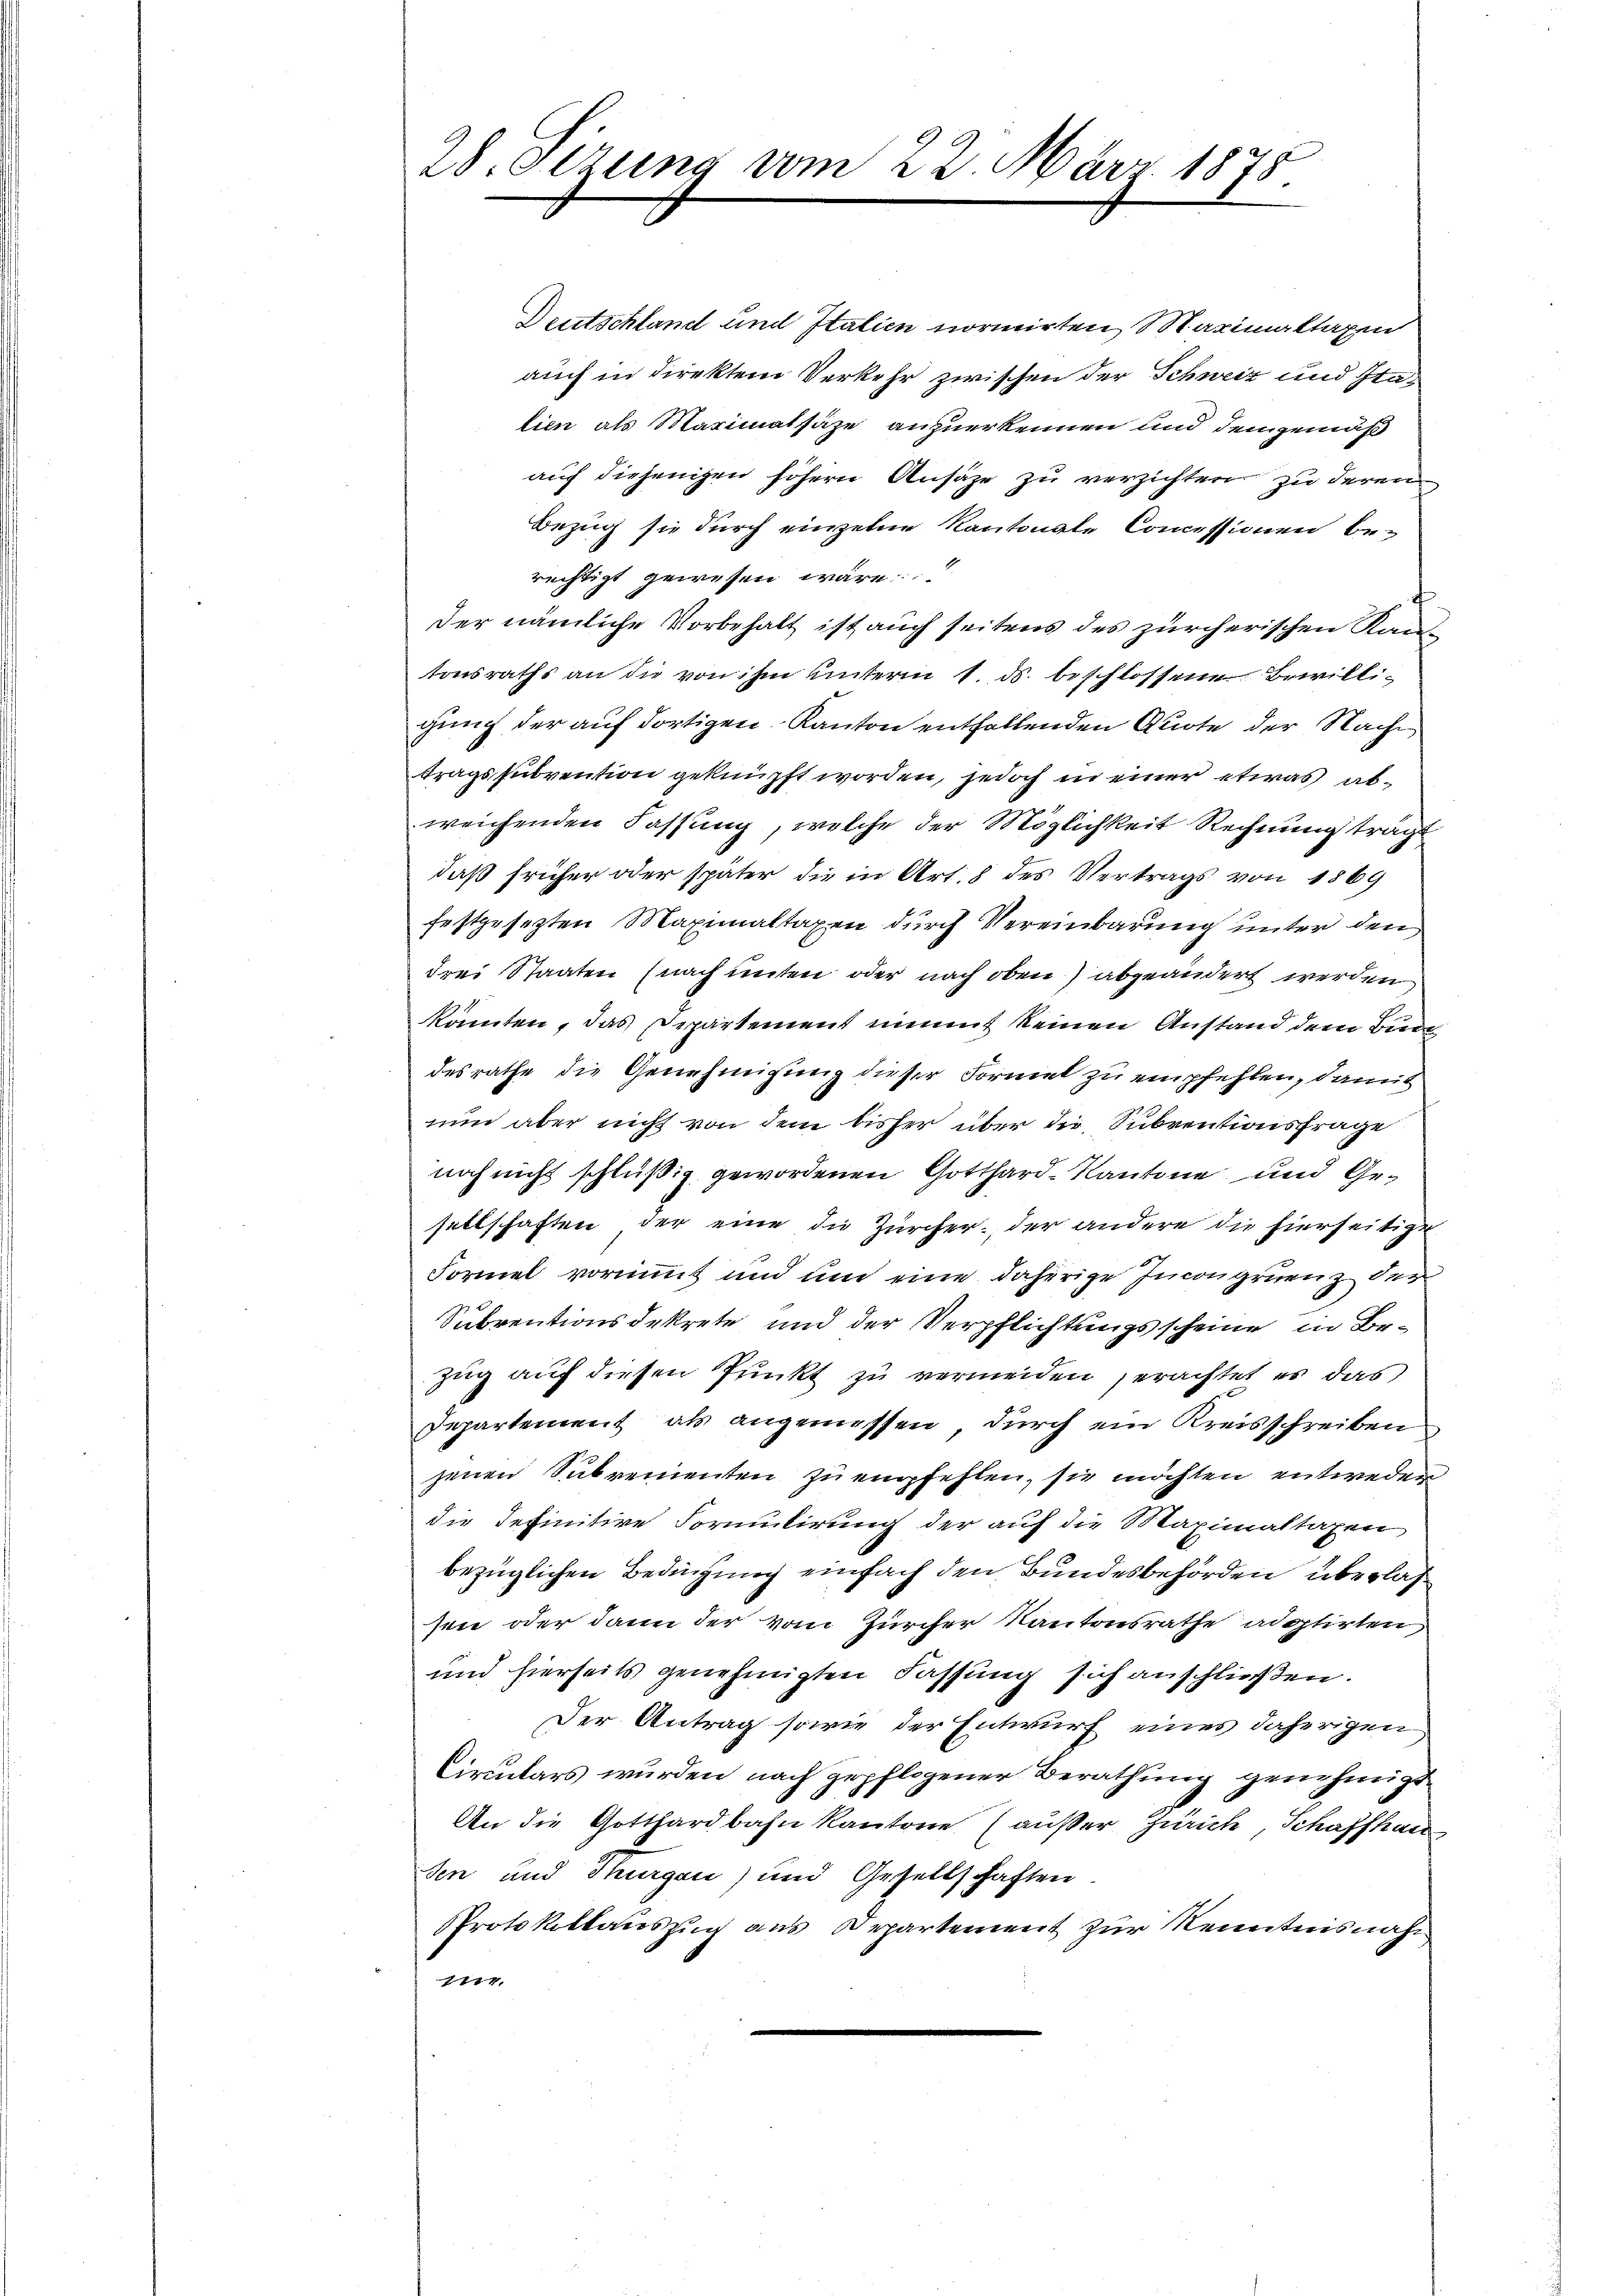
28. Oezung vom

22. März 1875.

Deutschland und Italien normirten Maximaltaxen
auch in direktem Verkehr zwischen der Schweiz und Italien als Maximatsäze anzuerkennen und demgemäß
auf diejenigen höhern Ansage zu verzichten zu deren
Bezug sie durch einzelne Kantonale Concessionen berechtigt gewesen wäre.“
der nämliche Vorbehalt ist auch seitens des zürcherischen Kantonsraths an die von ihm unterm 1. ds. beschlossene Bewilligung der auf dortigen Kanton entfallenden Quote der Nache
tragssubvention geknüpft worden, jedoch in einer etwas abweichenden Fassung, welche der Möglichkeit Rechnung trag
daß früher oder später die in Art. 8 des Vertrags von 1869
festgesezten Maximaltaxen durch Vereinbarung unter den
drei Staaten (nach unten oder nach oben) abgeändert werden
könnten, das Departement nimmt keinen Anstand dem Buc
desrathe die Genehmigung dieser Formel zu empfehlen, damit
nun aber nicht von dem bisher über die Subventionsfrage
noch nicht schlüßig gewordenen Gotthard-Kantone und Gesellschaften, der eine die Zürcher, der andere die hierseitige
Formel vornimmt und um eine daherige Incongruenz der
Subventionsdekrete und der Verpflichtungsscheine in Be-
Zug auf diesen Punkt zu vermeiden erachtet es das
Departement als angemessen, durch ein Kreisschreiben
jenen Subrementen zu empfehlen, sie möchten entweder
die definitive Formulirung der auf die Maximaltaxen
bezüglichen Bedingung einfach den Bundesbehörden überlas
sene oder dann der vom Zürcher Kantonsrathe adoptirten
und hierseits genehmigten Fassung sich anschließen.
Der Antrag sowie der Entwurf eines daherigen
Circulars wurden nach gepflogener Berathung genehmigt
An die Gotthardbahn Kantone (außer Zürich, Schaffhau
sen und Thurgau) und Gesellschaften
PProtokollauszug aus Departement zur Kenntnisnahm
7774.